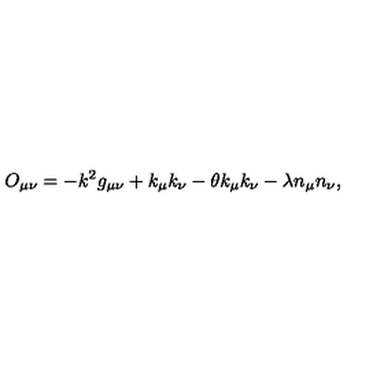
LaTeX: O _ { \mu \nu } = - k ^ { 2 } g _ { \mu \nu } + k _ { \mu } k _ { \nu } - \theta k _ { \mu } k _ { \nu } - \lambda n _ { \mu } n _ { \nu } ,